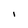
Character: I